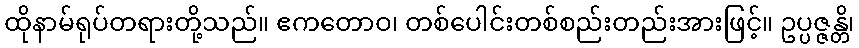
ထိုနာမ်ရုပ်တရားတို့သည်။ ဧကတောဝ၊ တစ်ပေါင်းတစ်စည်းတည်းအားဖြင့်။ ဥပ္ပဇ္ဇန္တိ၊